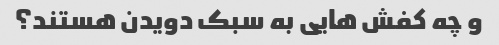
و چه کفش هایی به سبک دویدن هستند؟